[Report on the health of British troops in the Madras command]
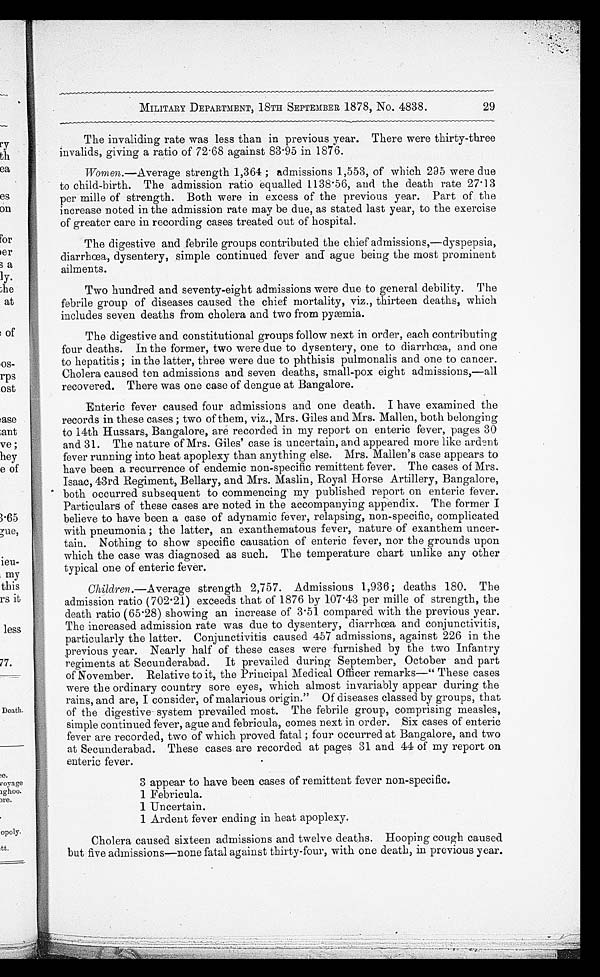
MILITARY DEPARTMENT, 18TH SEPTEMBER 1878, No. 4838.
The invaliding rate was less than in previous year. There were thirty-three
invalids, giving a ratio of 72.68 against 83.95 in 1876.
Women .— Average strength 1,364 ; admissions 1,553, of which 295 were due
to child-birth. The admission ratio equalled 1138.56, and the death rate 27.13
per mille of strength. Both were in excess of the previous year. Part of the
increase noted in the admission rate may be due, as stated last year, to the exercise
of greater care in recording cases treated out of hospital.
The digestive and febrile groups contributed the chief admissions,—dyspepsia,
diarrhœa, dysentery, simple continued fever and ague being the most prominent
ailments.
Two hundred and seventy-eight admissions were due to general debility. The
febrile group of diseases caused the chief mortality, viz., thirteen deaths, which
includes seven deaths from cholera and two from pyæmia.
The digestive and constitutional groups follow next in order, each contributing
four deaths. In the former, two were due to dysentery, one to diarrhœa, and one
to hepatitis ; in the latter, three were due to phthisis pulmonalis and one to cancer.
Cholera caused ten admissions and seven deaths, small-pox eight admissions,—all
recovered. There was one case of dengue at Bangalore.
Enteric fever caused four admissions and one death. I have examined the
records in these cases ; two of them, viz., Mrs. Giles and Mrs. Mallen, both belonging
to 14th Hussars, Bangalore, are recorded in my report on enteric fever, pages 30
and 31. The nature of Mrs. Giles' case is uncertain, and appeared more like ardent
fever running into heat apoplexy than anything else. Mrs. Mallen's case appears to
have been a recurrence of endemic non-specific remittent fever. The cases of Mrs.
Isaac, 43rd Regiment, Bellary, and Mrs. Maslin, Royal Horse Artillery, Bangalore,
both occurred subsequent to commencing my published report on enteric fever.
Particulars of these cases are noted in the accompanying appendix. The former I
believe to have been a case of adynamic fever, relapsing, non-specific, complicated
with pneumonia ; the latter, an exanthematous fever, nature of exanthem uncer
-tain. Nothing to show specific causation of enteric fever, nor the grounds upon
which the case was diagnosed as such. The temperature chart unlike any other
typical one of enteric fever.
Children.—Average strength 2,757. Admissions 1,936 ; deaths 180. The
admission ratio (702.21) exceeds that of 1876 by 107.43 per mille of strength, the
death ratio (65.28) showing an increase of 3.51 compared with the previous year.
The increased admission rate was due to dysentery, diarrhœa and conjunctivitis,
particularly the latter. Conjunctivitis caused 457 admissions, against 226 in the
previous year. Nearly half of these cases were furnished by the two Infantry
regiments at Secunderabad. It prevailed during September, October and part
of November. Relative to it, the Principal Medical Officer remarks—"These cases
were the ordinary country sore eyes, which almost invariably appear during the
rains, and are, I consider, of malarious origin." Of diseases classed by groups, that
of the digestive system prevailed most. The febrile group, comprising measles,
simple continued fever, ague and febricula, comes next in order. Six cases of enteric
fever are recorded, two of which proved fatal ; four occurred at Bangalore, and two
at Secunderabad. These cases are recorded at pages 31 and 44 of my report on
enteric fever.
3 appear to have been cases of remittent fever non-specific.
1 Febricula.
1 Uncertain.
1 Ardent fever ending in heat apoplexy.
Cholera caused sixteen admissions and twelve deaths. Hooping cough caused
but five admissions—none fatal against thirty-four, with one death, in previous year.
29